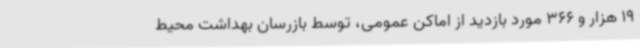
19 هزار و 366 مورد بازدید از اماکن عمومی، توسط بازرسان بهداشت محیط